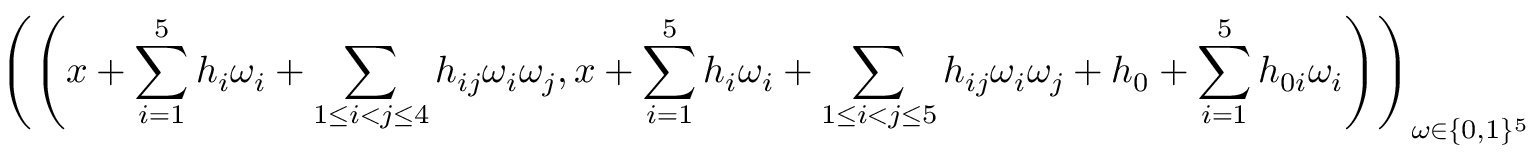
\left( \left( x + \sum _ { i = 1 } ^ { 5 } h _ { i } \omega _ { i } + \sum _ { 1 \leq i < j \leq 4 } h _ { i j } \omega _ { i } \omega _ { j } , x + \sum _ { i = 1 } ^ { 5 } h _ { i } \omega _ { i } + \sum _ { 1 \leq i < j \leq 5 } h _ { i j } \omega _ { i } \omega _ { j } + h _ { 0 } + \sum _ { i = 1 } ^ { 5 } h _ { 0 i } \omega _ { i } \right) \right) _ { \omega \in \{ 0 , 1 \} ^ { 5 } }